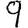
Digit: 9